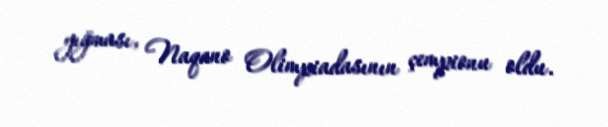
yığması, Naqano Olimpiadasının çempionu oldu.